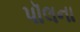
પૉલના